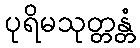
ပုရိမသုတ္တန္တံ